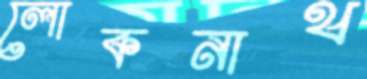
লোকনাথ